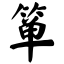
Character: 箪